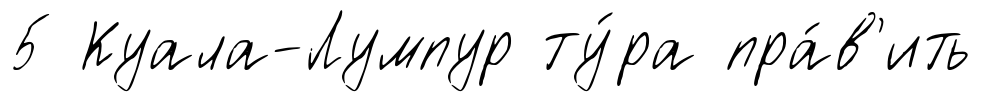
5 Куала-Лумпур ту́ра пра́в'ить